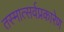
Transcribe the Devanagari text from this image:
तस्मात्सर्वप्रकारेण